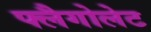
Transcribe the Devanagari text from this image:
फ्लैगोलेट